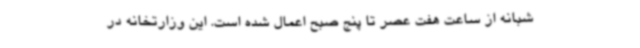
شبانه از ساعت هفت عصر تا پنج صبح اعمال شده است. این وزارتخانه در